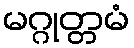
မဂ္ဂုတ္တမံ